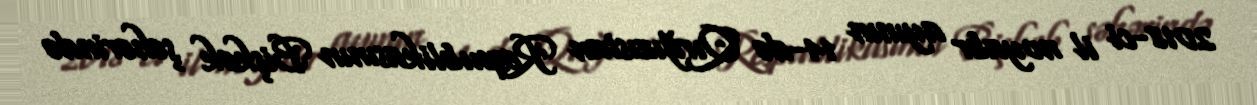
2018-ci il noyabr ayının 14-də Qırğızıstan Respublikasının Bişkek şəhərində